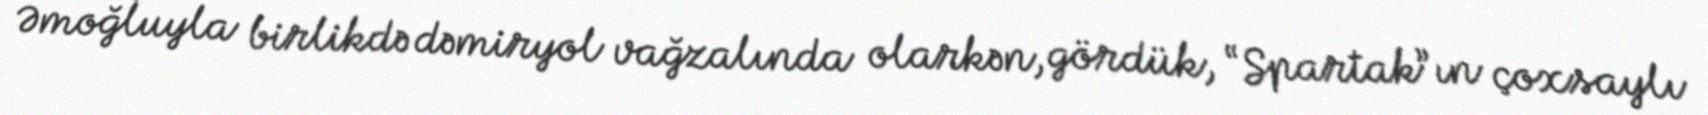
Əmoğluyla birlikdə dəmiryol vağzalında olarkən, gördük, “Spartak”ın çoxsaylı